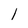
Character: l